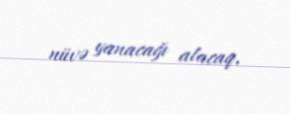
nüvə yanacağı alacaq.